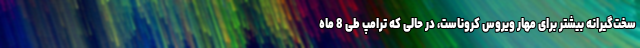
سخت‌گیرانه بیشتر برای مهار ویروس کروناست، در حالی که ترامپ طی 8 ماه